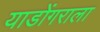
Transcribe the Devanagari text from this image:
याडोंगराला